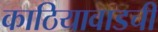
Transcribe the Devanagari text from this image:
काठियावाडची